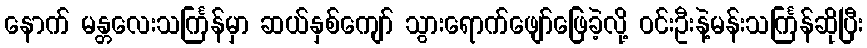
နောက် မန္တလေးသင်္ကြန်မှာ ဆယ်နှစ်ကျော် သွားရောက်ဖျော်ဖြေခဲ့လို့ ဝင်းဦးနဲ့မန်းသင်္ကြန်ဆိုပြီး